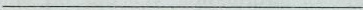
___